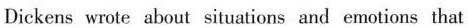
Dickens wrote about situations and emotions that